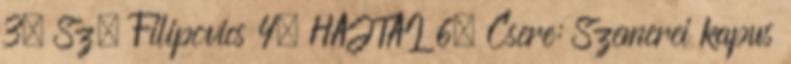
3, Sz. Filipovics 4, HAJTAI 6. Csere: Szemerei kapus